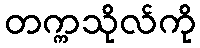
တက္ကသိုလ်ကို